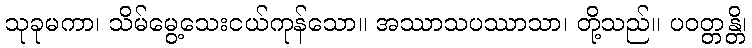
သုခုမကာ၊ သိမ်မွေ့သေးငယ်ကုန်သော။ အဿာသပဿာသာ၊ တို့သည်။ ပဝတ္တန္တိ၊